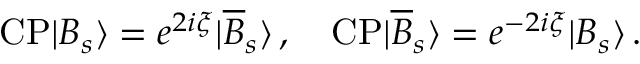
\mathrm { C P } | B _ { s } \rangle = e ^ { 2 i \xi } | \overline { { { B } } } _ { s } \rangle \, , \quad \mathrm { C P } | \overline { { { B } } } _ { s } \rangle = e ^ { - 2 i \xi } | B _ { s } \rangle \, .